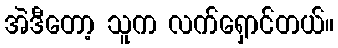
အဲဒီတော့ သူက လက်ရှောင်တယ်။